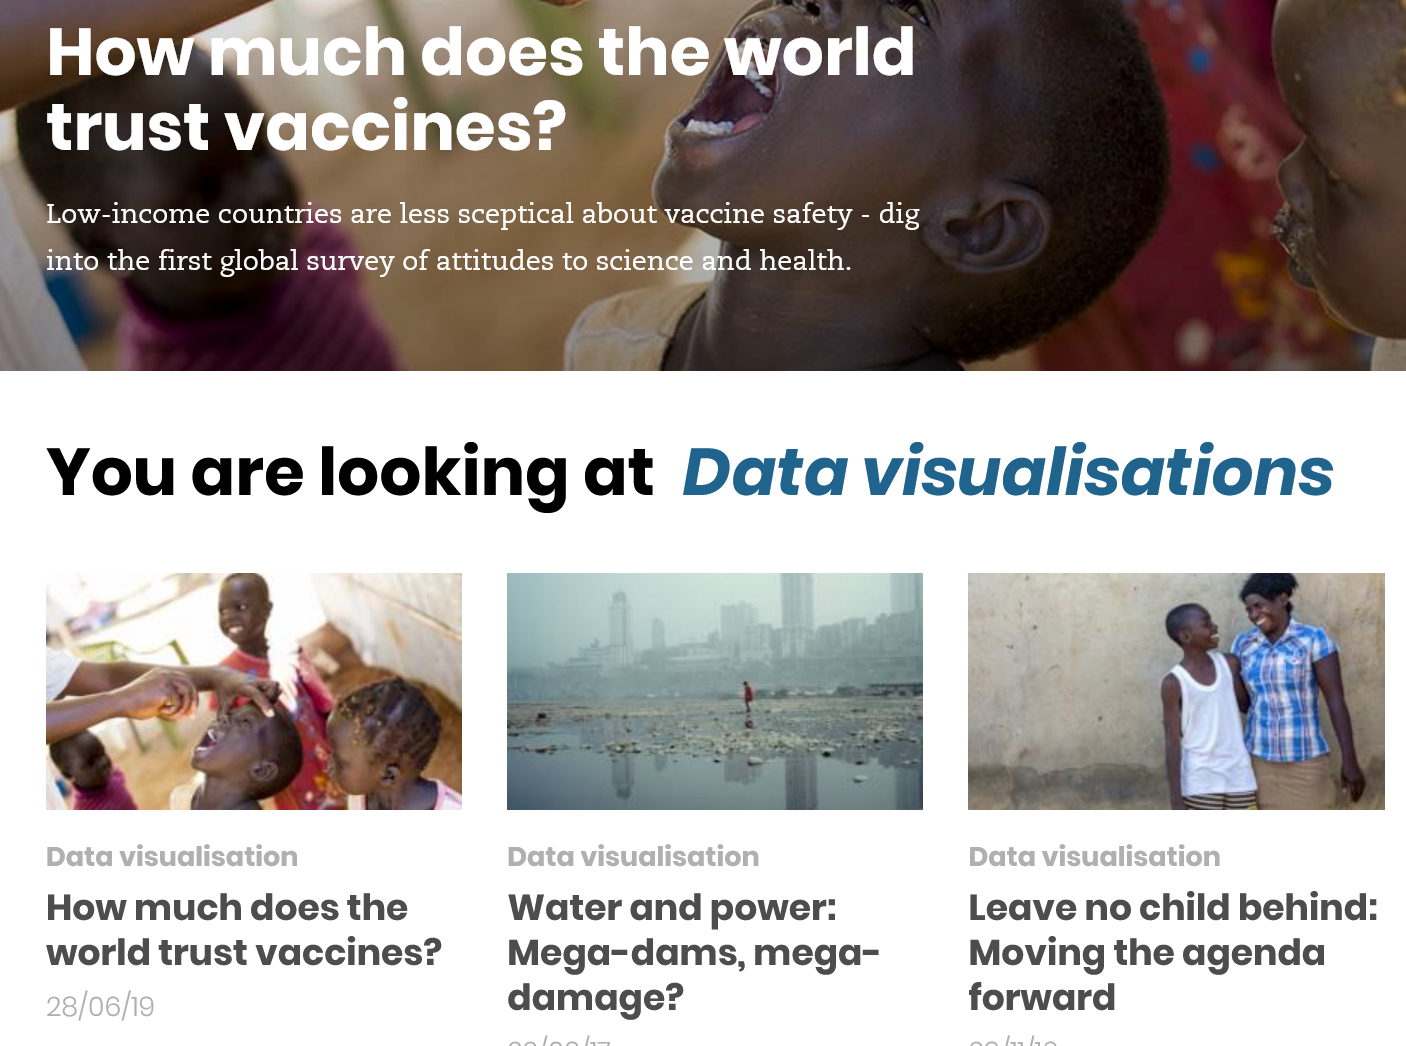
Ho    h   does    the    world
    trust    vaccines?    ~
    Low-income countries are less sceptical about vaccine safety - dig
   into the first global survey of attitudes to co” el seXcVidely
    How  much  does  the
    world  trust vaccines?
     Water   and  power:
     Mega-dams,    mega-
     damage?
     Leave  no  child behin«
     Moving   the  agenda
     forward
    You    are    looking    at    Data    visualisations
    Data visualisation    Data visualisation    Data visualisation

    Ho
  Ye
     (tet    ata    eda    ts!
    trust    vaccines?    ~
    Low-income countries are less sceptical about vaccine safety - dig
    into the first global survey of attitudes to scien om etlide
     »
     y
     re
     >
    28/06/19